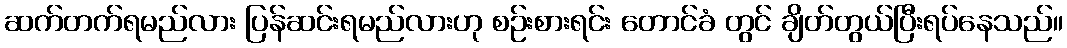
ဆက်တက်ရမည်လား ပြန်ဆင်းရမည်လားဟု စဉ်းစားရင်း တောင်ခံ တွင် ချိတ်တွယ်ပြီးရပ်နေသည်။